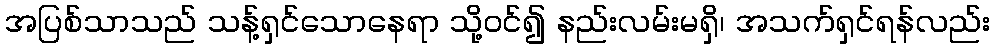
အပြစ်သာသည် သန့်ရှင်သောနေရာ သို့ဝင်၍ နည်းလမ်းမရှိ၊ အသက်ရှင်ရန်လည်း